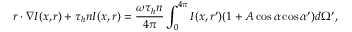
\boldsymbol { r } \cdot \boldsymbol { \nabla } I ( \boldsymbol { x } , \boldsymbol { r } ) + \tau _ { h } n I ( \boldsymbol { x } , \boldsymbol { r } ) = \frac { \omega \tau _ { h } n } { 4 \pi } \int _ { 0 } ^ { 4 \pi } I ( \boldsymbol { x } , \boldsymbol { r } ^ { \prime } ) ( 1 + A \cos { \alpha } \cos { \alpha ^ { \prime } } ) d \Omega ^ { \prime } ,